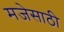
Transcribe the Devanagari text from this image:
मजेसाठी